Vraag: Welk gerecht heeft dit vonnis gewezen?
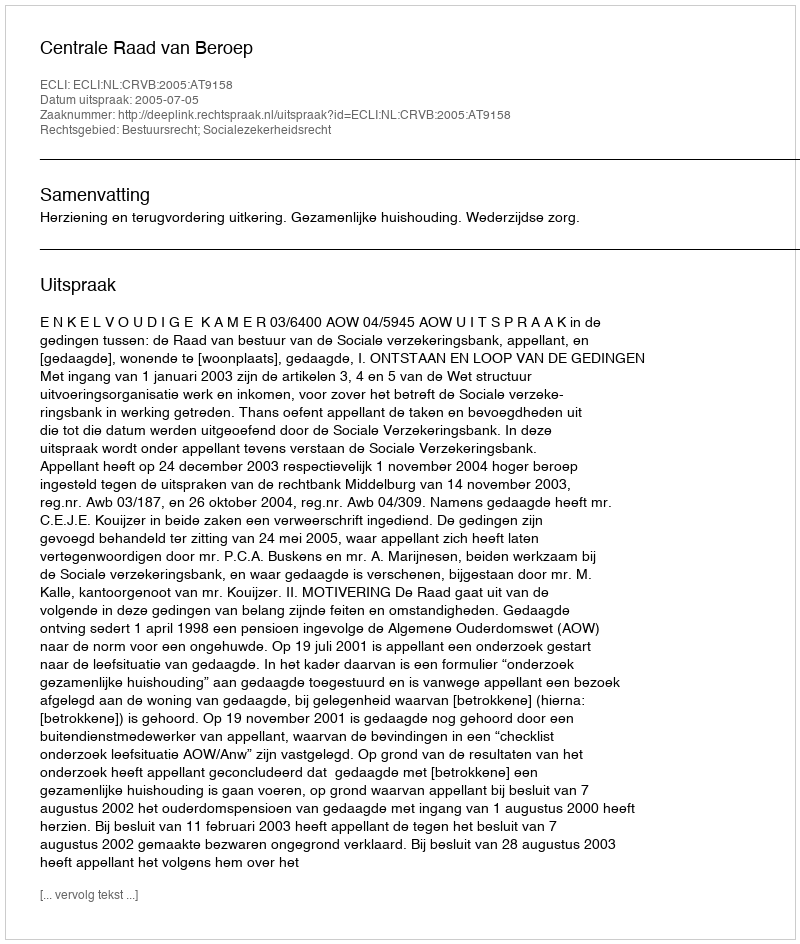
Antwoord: Centrale Raad van Beroep